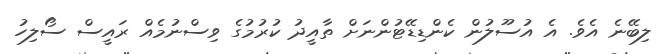
ލިބޭނެ އެވެ. އެ އުސޫލުން ކެންޑިޑޭޓުންނަށް ތާއީދު ކުރުމުގެ ވިސްނުމެއް ރައީސް ސޯލިހު